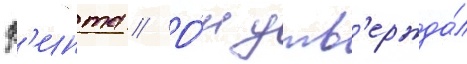
ф'инта // О́н утв'ержда́л